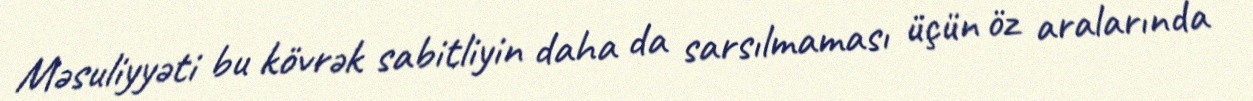
Məsuliyyəti bu kövrək sabitliyin daha da sarsılmaması üçün öz aralarında